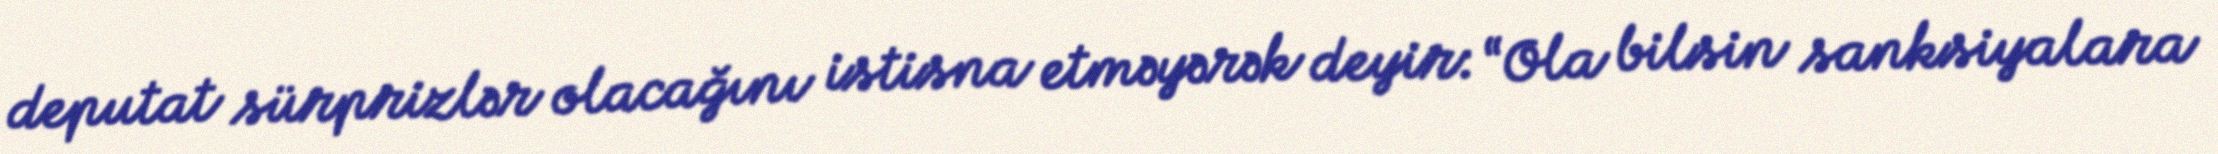
deputat sürprizlər olacağını istisna etməyərək deyir: “Ola bilsin sanksiyalara